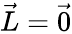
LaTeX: \vec{L}=\vec{0}